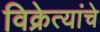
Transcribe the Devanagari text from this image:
विक्रेत्यांचे